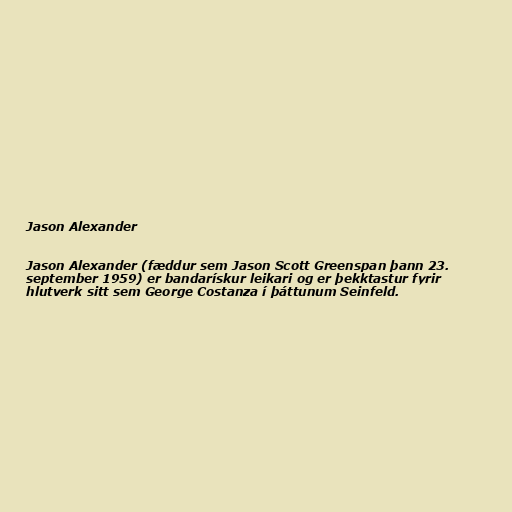
Jason Alexander

Jason Alexander (fæddur sem Jason Scott Greenspan þann 23.
september 1959) er bandarískur leikari og er þekktastur fyrir
hlutverk sitt sem George Costanza í þáttunum Seinfeld.